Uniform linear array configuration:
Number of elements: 8
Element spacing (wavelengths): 0.75
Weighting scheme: blackman
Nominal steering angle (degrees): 60
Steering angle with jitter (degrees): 60.892
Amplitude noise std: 0.05
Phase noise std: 0.05

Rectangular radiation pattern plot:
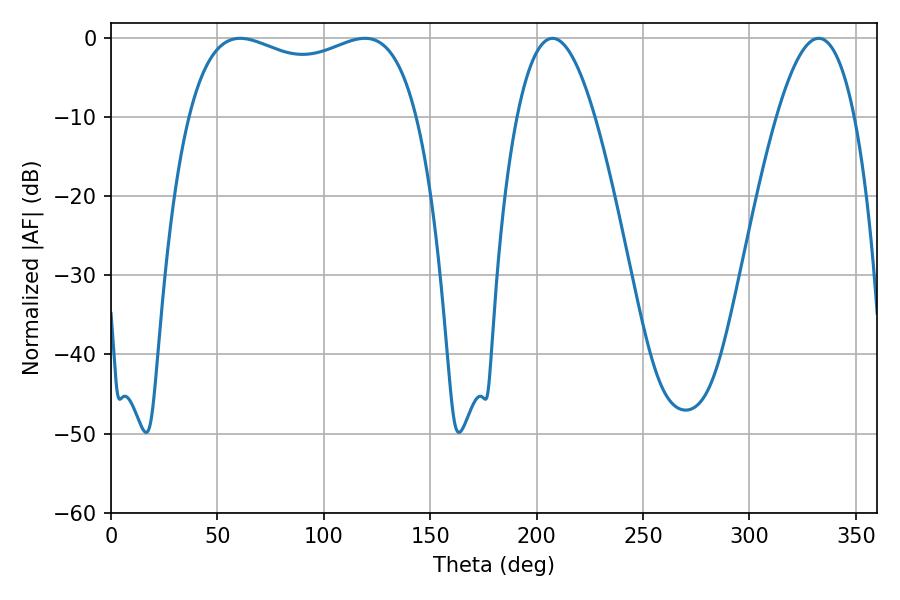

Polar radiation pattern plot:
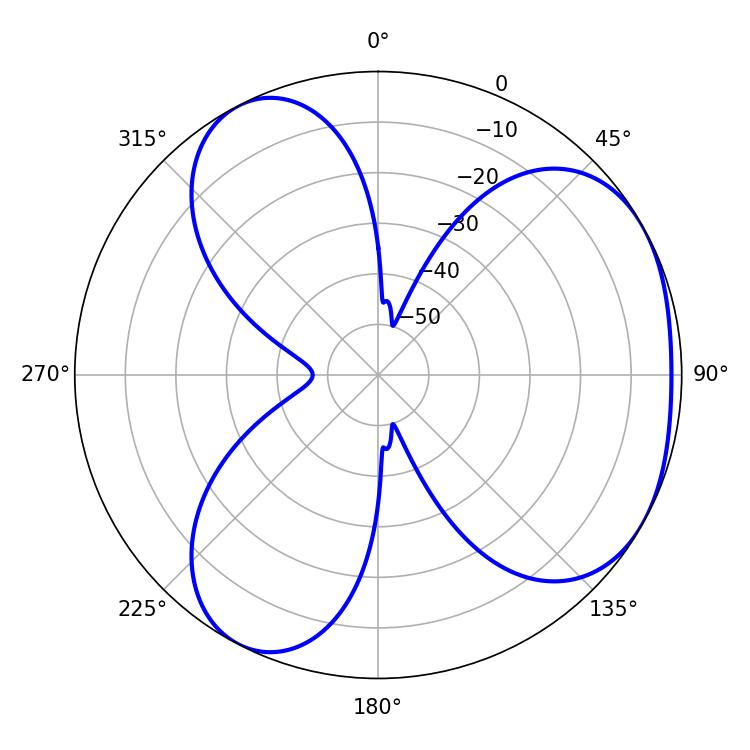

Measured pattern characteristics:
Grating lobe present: TRUE
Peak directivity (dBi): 3.829
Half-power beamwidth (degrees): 88.2
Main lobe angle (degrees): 60.66